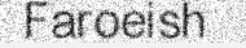
Faroeish